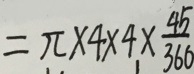
= \pi \times 4 \times 4 \times \frac { 4 5 } { 3 6 0 }